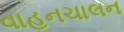
વાહનચાલન